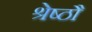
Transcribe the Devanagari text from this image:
श्रेष्ठौ